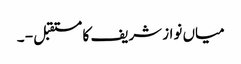
میاں نواز شریف کا مستقبل - ۔